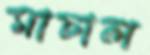
মাচাল